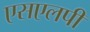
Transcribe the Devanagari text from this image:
एसएलपी